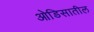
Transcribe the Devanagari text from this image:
ओडिसातील